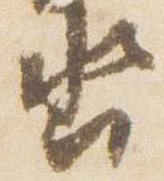
沓